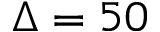
\Delta = 5 0